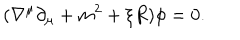
LaTeX: ( \nabla ^ { \mu } \partial _ { \mu } + m ^ { 2 } + \xi R ) \phi = 0 .